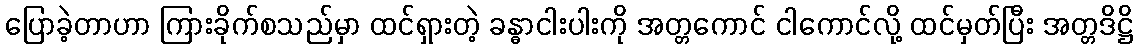
ပြောခဲ့တာဟာ ကြားခိုက်စသည်မှာ ထင်ရှားတဲ့ ခန္ဓာငါးပါးကို အတ္တကောင် ငါကောင်လို့ ထင်မှတ်ပြီး အတ္တဒိဋ္ဌိ